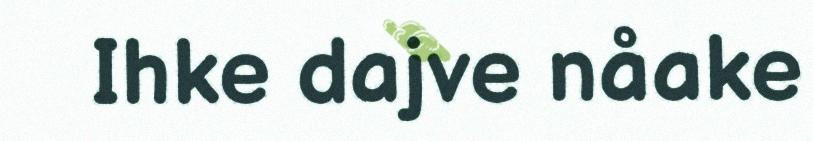
Ihke dajve nåake